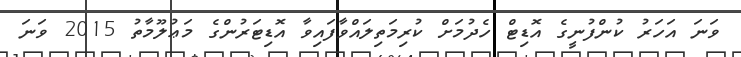
ވަނަ އަހަރު ކުންފުނީގެ އޮޑިޓް ހެދުމަށް ކުރިމަތިލައްވާފައިވާ އޮޑިޓަރުންގެ މަޢުލޫމާތު 2015 ވަނަ